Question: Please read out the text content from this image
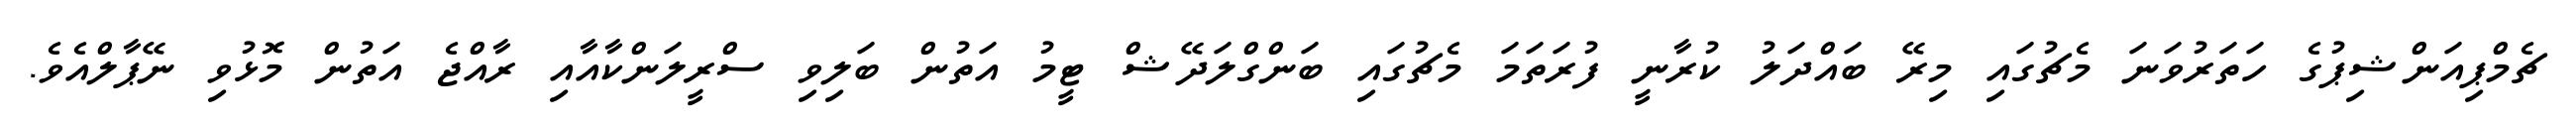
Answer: ޗެމްޕިއަންޝިޕުގެ ހަތަރުވަނަ މެޗުގައި މިރޭ ބައްދަލު ކުރާނީ ފުރަތަމަ މެޗުގައި ބަންގްލަދޭޝް ޓީމު އަތުން ބަލިވި ސްރީލަންކާއާއި ރާއްޖެ އަތުން މޮޅުވި ނޭޕާލްއެވެ.